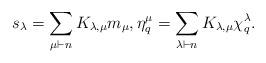
LaTeX: \begin{align*} s_\lambda = \sum_{\mu \vdash n} K_{\lambda, \mu} m_\mu, \eta_q^\mu = \sum_{\lambda \vdash n} K_{\lambda, \mu} \chi_q^\lambda. \end{align*}